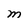
Character: M